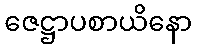
ဇေဋ္ဌာပစာယိနော